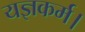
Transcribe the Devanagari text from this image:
यज्ञकर्म।